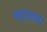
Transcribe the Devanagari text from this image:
न्यूगाइना